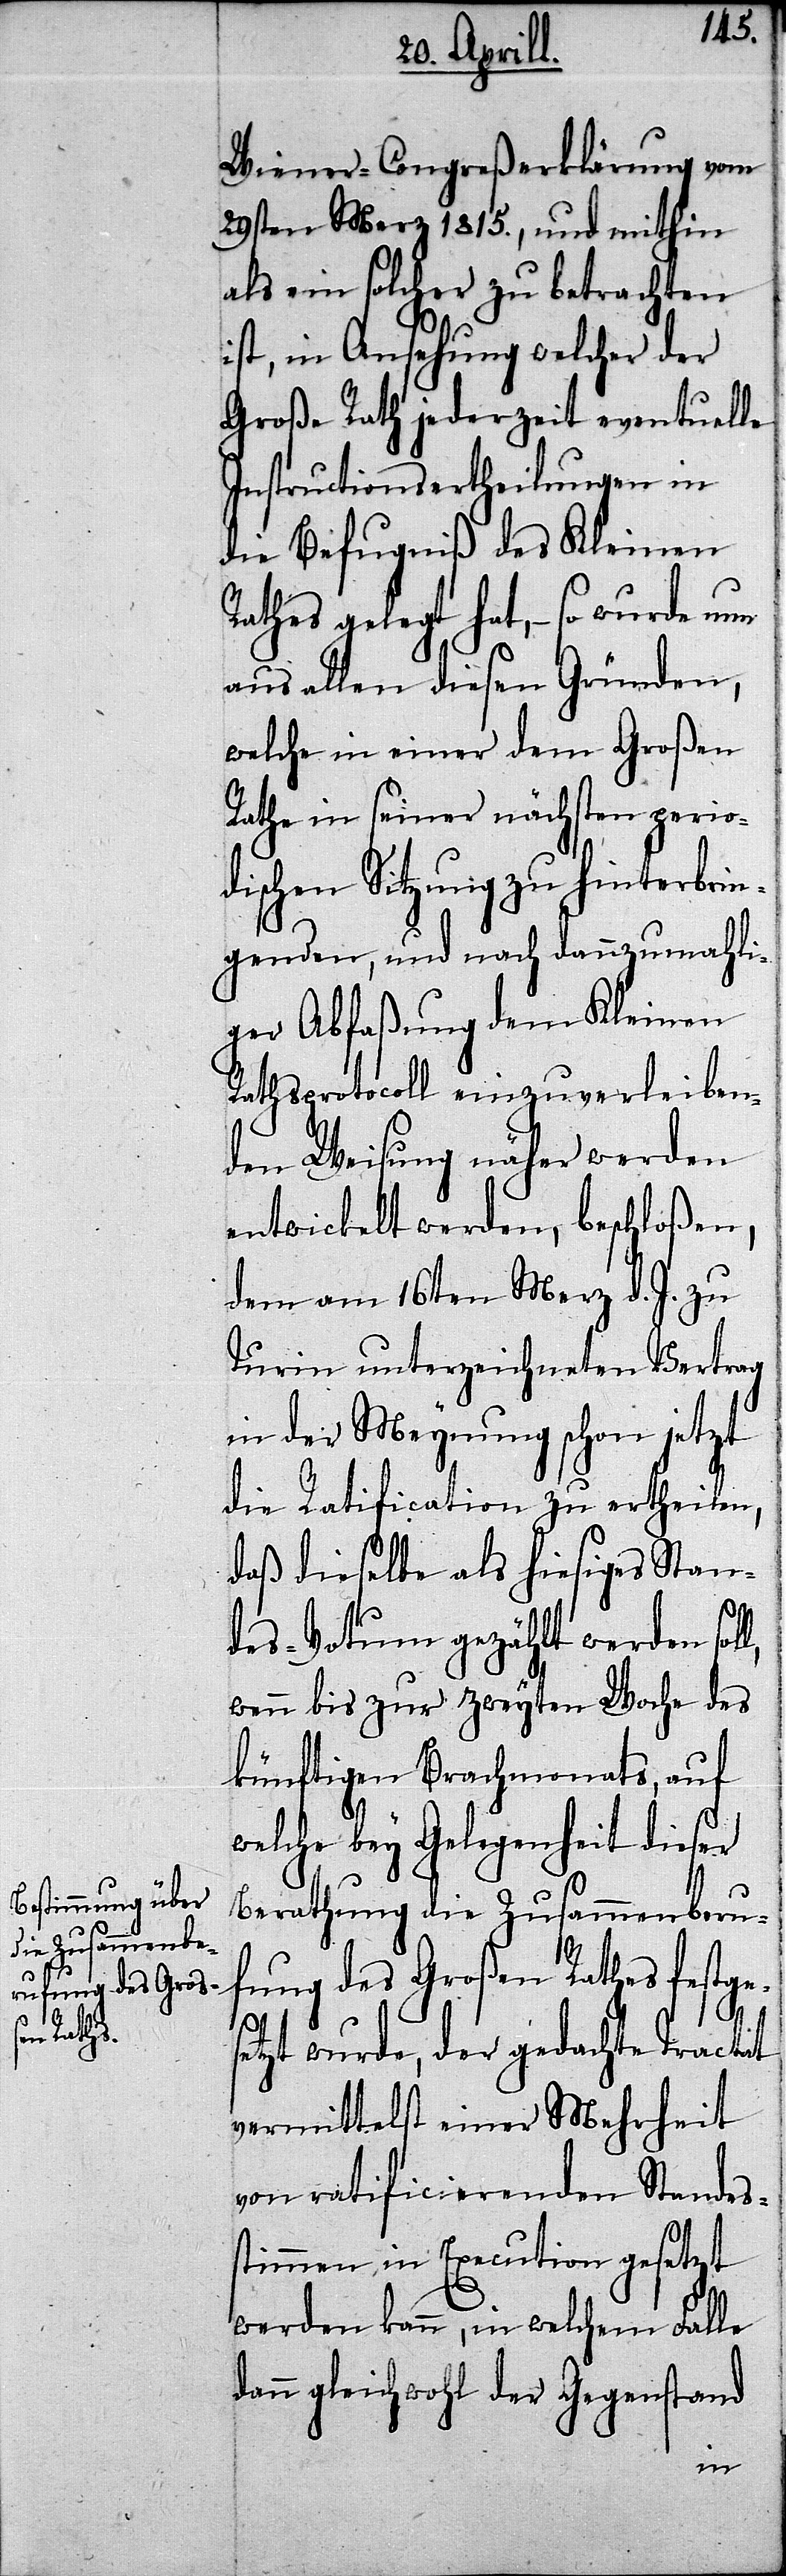
Wiener-Congreßerklärung vom
29sten Merz 1815., und mithin
als ein solcher zu betrachten
ist, in Ansehung wel¬
cher
Große Rath jederzeit
Instructionsertheilu¬
inen
die Befugniß des Kle¬
Rathes gelegt hat,– so wurde nun
aus allen diesen Gründen,
welche in einer dem Großen
Rathe in seiner nächsten perio¬
dischen Sitzung zu hinterbrin¬
gender, und nach dannzumahl¬
iger Abfaßung dem Kleinen
Rathsprotocoll einzuverleiben¬
den Weisung näher werden
entwickelt werden, beschloßen,
dem am 16ten Merz d. J. zu
Turin unterzeichneten Vertrag
in der Meynung schon jetzt
die Ratification zu ertheil¬
daß dieselbe als hiesiges Stan¬
des-Votum gezählt werden
wenn bis zur zweyten Woche des
künftigen Brachmonats,
welche bey Gelegenheit dieser
Berathung die Zusammenbe¬
fung des Großen Rathes festge¬
setzt wurde, der gedachte Tractat
vermittelst einer Mehrheit
von ratificierenden Standes¬
stimmen in Execution gesetzt
werden kann, in welchem Falle
dann gleichwohl der Gegenstand
ru¬